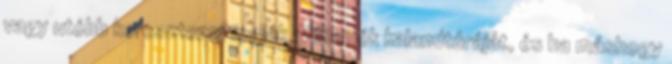
vagy utóbb keresztezni fogják Williamék kalandtúráját, és ha máshogy